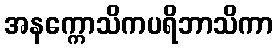
အနက္ကောသိကပရိဘာသိကာ